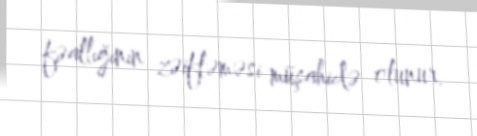
fəallığının zəifləməsi müşahidə olunur.